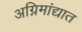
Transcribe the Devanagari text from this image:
अग्निमांद्यात